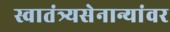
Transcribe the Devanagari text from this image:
स्वातंत्र्यसेनान्यांवर